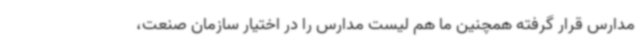
مدارس قرار گرفته همچنین ما هم لیست مدارس را در اختیار سازمان صنعت،